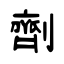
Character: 劑